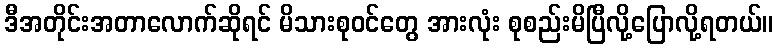
ဒီအတိုင်းအတာလောက်ဆိုရင် မိသားစုဝင်တွေ အားလုံး စုစည်းမိပြီလို့ပြောလို့ရတယ်။